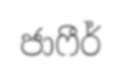
ජාෆීර්